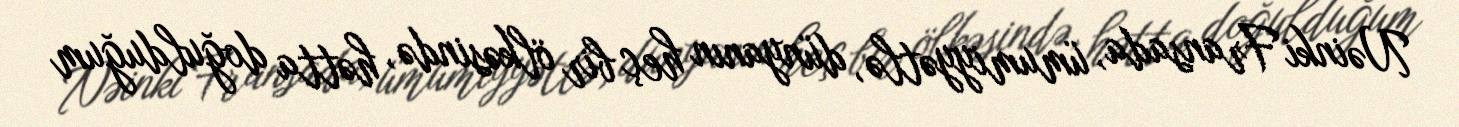
Nəinki Fransada, ümumiyyətlə, dünyanın heç bir ölkəsində, hətta doğulduğum